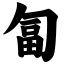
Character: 匐